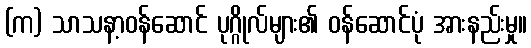
(က) သာသနာ့ဝန်ဆောင် ပုဂ္ဂိုလ်များ၏ ဝန်ဆောင်ပုံ အားနည်းမှု။